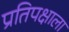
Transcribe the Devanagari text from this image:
प्रतिपक्षाला